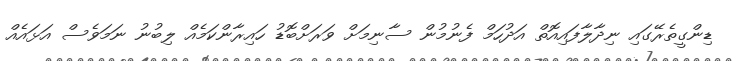
ޑިންގީތެރޭގައި ނިދާލާފައިއޮތް އަދުހަމް ފެނުމުން ސާނިމަށް ވަރަށްބޮޑު ހައިރާންކަމެއް ލިބުނު ނަމަވެސް އަޅައެއް